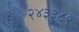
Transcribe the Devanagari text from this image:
२४३३८९